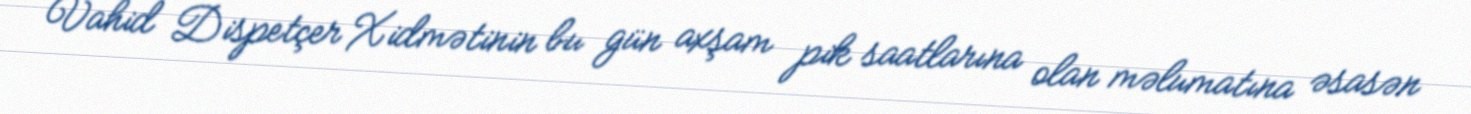
Vahid Dispetçer Xidmətinin bu gün axşam pik saatlarına olan məlumatına əsasən